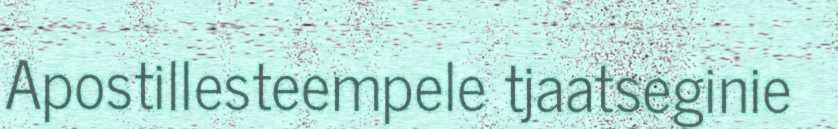
Apostillesteempele tjaatseginie